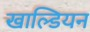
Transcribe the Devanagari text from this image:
खाल्डियन